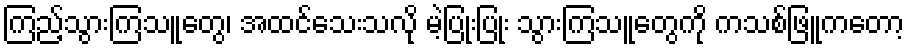
ကြည့်သွားကြသူတွေ၊ အထင်သေးသလို မဲ့ပြုံးပြုံး သွားကြသူတွေကို ကသစ်ဖြူကတော့